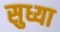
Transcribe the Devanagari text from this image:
सुध्या